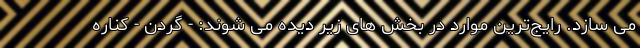
می سازد. رایج‌ترین موارد در بخش های زیر دیده می شوند: - گردن - کناره